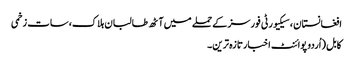
افغانستان ، سیکیورٹی فورسز کے حملے میں آٹھ طالبان ہلاک،سات زخمی
کابل (اُردو پوائنٹ اخبارتازہ ترین۔